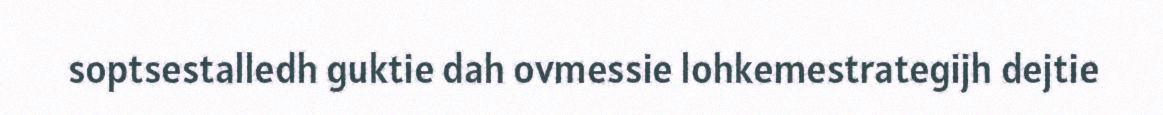
soptsestalledh guktie dah ovmessie lohkemestrategijh dejtie